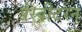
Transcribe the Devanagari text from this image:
प्रेस्बीटरन